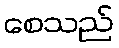
စေသည်